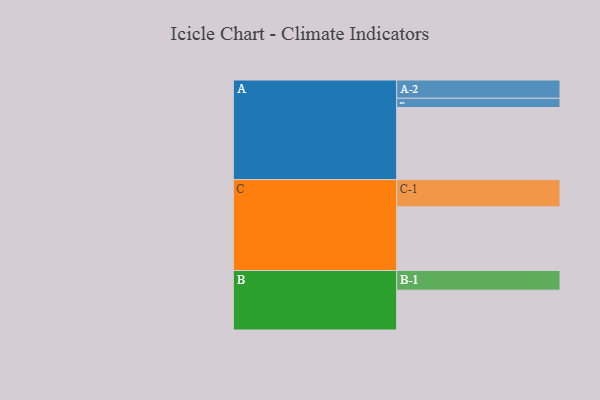
{"axis": {"x": "Segment", "y": "Value"}, "legend": ["", "A", "B", "C"], "data": [{"x": "A", "y": 561, "type": ""}, {"x": "B", "y": 310, "type": ""}, {"x": "C", "y": 495, "type": ""}, {"x": "A-1", "y": 72, "type": "A"}, {"x": "A-2", "y": 142, "type": "A"}, {"x": "B-1", "y": 153, "type": "B"}, {"x": "C-1", "y": 212, "type": "C"}]}